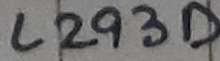
Text: L293D